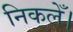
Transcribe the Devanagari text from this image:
निकलेँ।